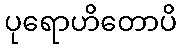
ပုရောဟိတောပိ